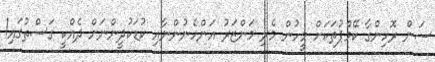
ސަން ރޮހިންގާ ކޭމްޕުތަކަށް މީހުން މެރި މަންޒަރު އަންހެނުންނާއި ކުޑަކުދީންނަށް ދެއްކީ ގަސްތުގައި!